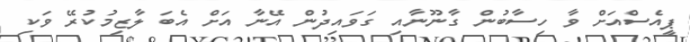
ޕީއެސްއަށް ވާ ހިސާބުން ގާނޫނާއި ގަވައިދުން އޭނާ އަށް އެބަ ލާޒިމުކުރޭ ވަކި